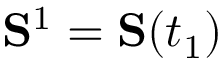
\mathbf { S } ^ { 1 } = \mathbf S ( t _ { 1 } )